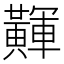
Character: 𪏕